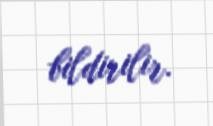
bildirilir.